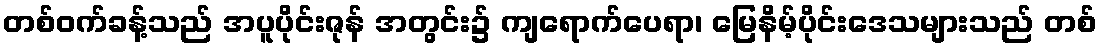
တစ်ဝက်ခန့်သည် အပူပိုင်းဇုန် အတွင်း၌ ကျရောက်ပေရာ၊ မြေနိမ့်ပိုင်းဒေသများသည် တစ်